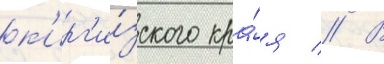
к'ирг'и́зского кра́я // В